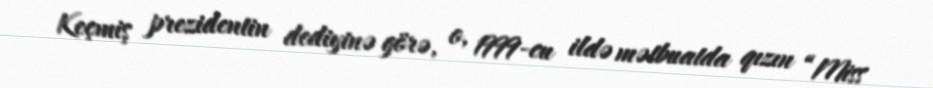
Keçmiş prezidentin dediyinə görə, o, 1999-cu ildə mətbuatda qızın “Miss